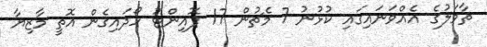
ތާވަލުގެ އެއްވަނައިގައި ކުޅުނު 7 މެޗުން 17 ޕޮއިންޓު ހޯދައިގެން އޮތީ މާޒިޔާ